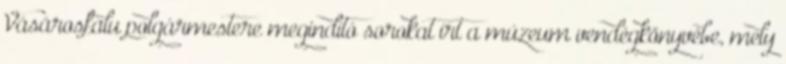
Vásárosfalu polgármestere megindító sorokat írt a múzeum vendégkönyvébe, mely